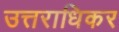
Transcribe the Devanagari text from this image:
उत्तराधिकर